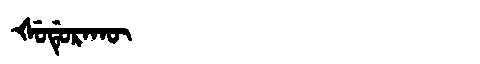
Manchu: ᡧᡠᡩᡠᡵᠠᡴᡡ
Romanization: ŠUDURAKŪ